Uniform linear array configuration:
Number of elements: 32
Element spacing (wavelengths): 0.75
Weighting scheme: binomial
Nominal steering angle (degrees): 15
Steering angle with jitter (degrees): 16.241
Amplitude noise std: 0.05
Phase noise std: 0.05

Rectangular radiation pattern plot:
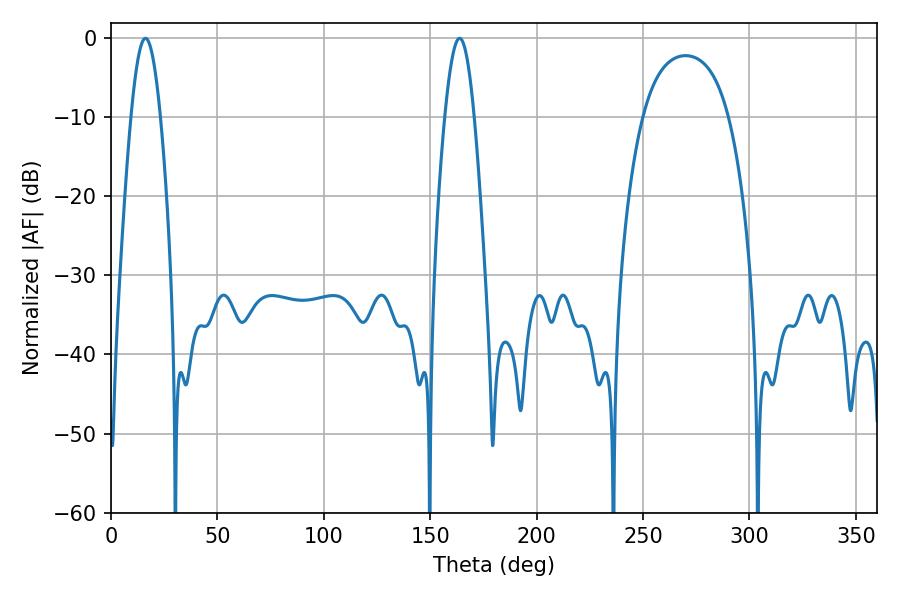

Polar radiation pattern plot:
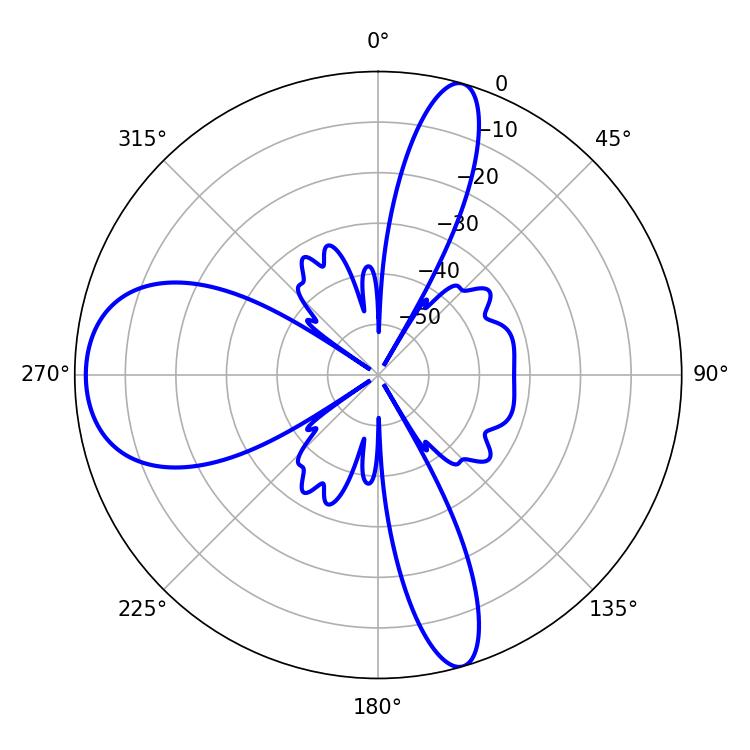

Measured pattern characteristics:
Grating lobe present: TRUE
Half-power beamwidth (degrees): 7.56
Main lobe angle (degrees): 16.2